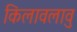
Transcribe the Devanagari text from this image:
किलावलावु